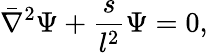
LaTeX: \bar{\nabla}^{2}\Psi+{\frac{s}{l^{2}}}\Psi=0,